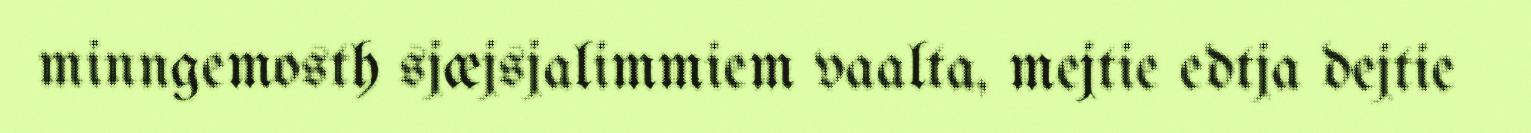
minngemosth sjæjsjalimmiem vaalta, mejtie edtja dejtie